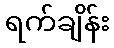
ရက်ချိန်း